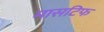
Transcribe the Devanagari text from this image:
मासटिफ